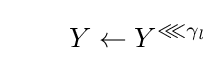
\qquad Y\leftarrow Y^{\lll \gamma _{l}}